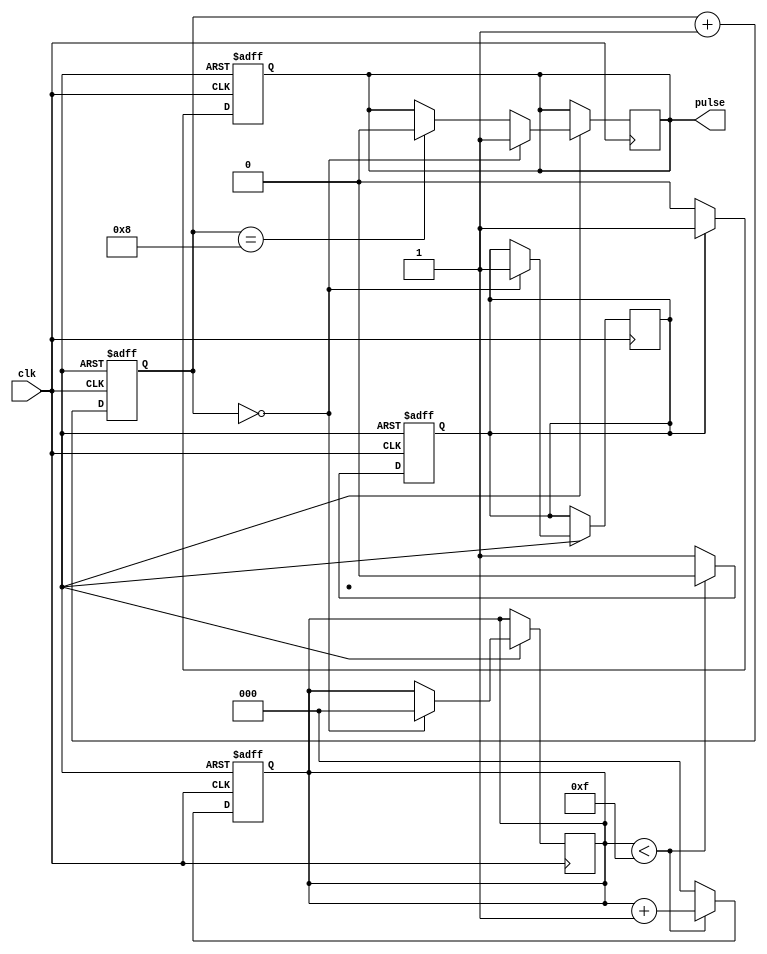
module PulseGenerator (
    input wire clk,
    output reg pulse
);

parameter CLK_DIV = 4;
parameter PULSE_WIDTH = 8;
parameter PERIOD = 16;

reg [3:0] counter;
reg [2:0] sync_counter;
reg sync_pulse;

always @ (posedge clk or negedge reset) begin
    if (!reset) begin
        counter <= 0;
    end else begin
        if (counter == 0) begin
            pulse <= 1;
            sync_counter <= 0;
            sync_pulse <= 1;
        end else if (counter == PULSE_WIDTH) begin
            pulse <= 0;
        end
        counter <= counter + 1;
    end
end

always @ (posedge clk or negedge reset) begin
    if (!reset) begin
        sync_counter <= 0;
        sync_pulse <= 1;
    end else begin
        if (sync_counter < PERIOD-1) begin
            sync_pulse <= 0;
            sync_counter <= sync_counter + 1;
        end else begin
            sync_pulse <= 1;
            sync_counter <= 0;
        end
    end
end

always @ (posedge clk or negedge reset) begin
    if (!reset) begin
        pulse <= 0;
    end else begin
        if (sync_pulse) begin
            pulse <= 1;
        end else begin
            pulse <= 0;
        end
    end
end

endmodule